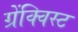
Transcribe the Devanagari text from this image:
ग्रेंक्विस्ट